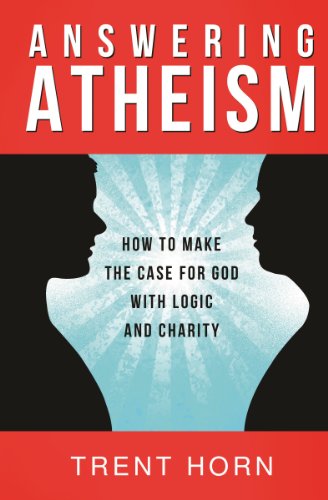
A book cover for Answering Atheism: How to Make the Case for God with Logic and Charity; Trent Horn; Religion & Spirituality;